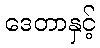
ဒေတာနှင့်